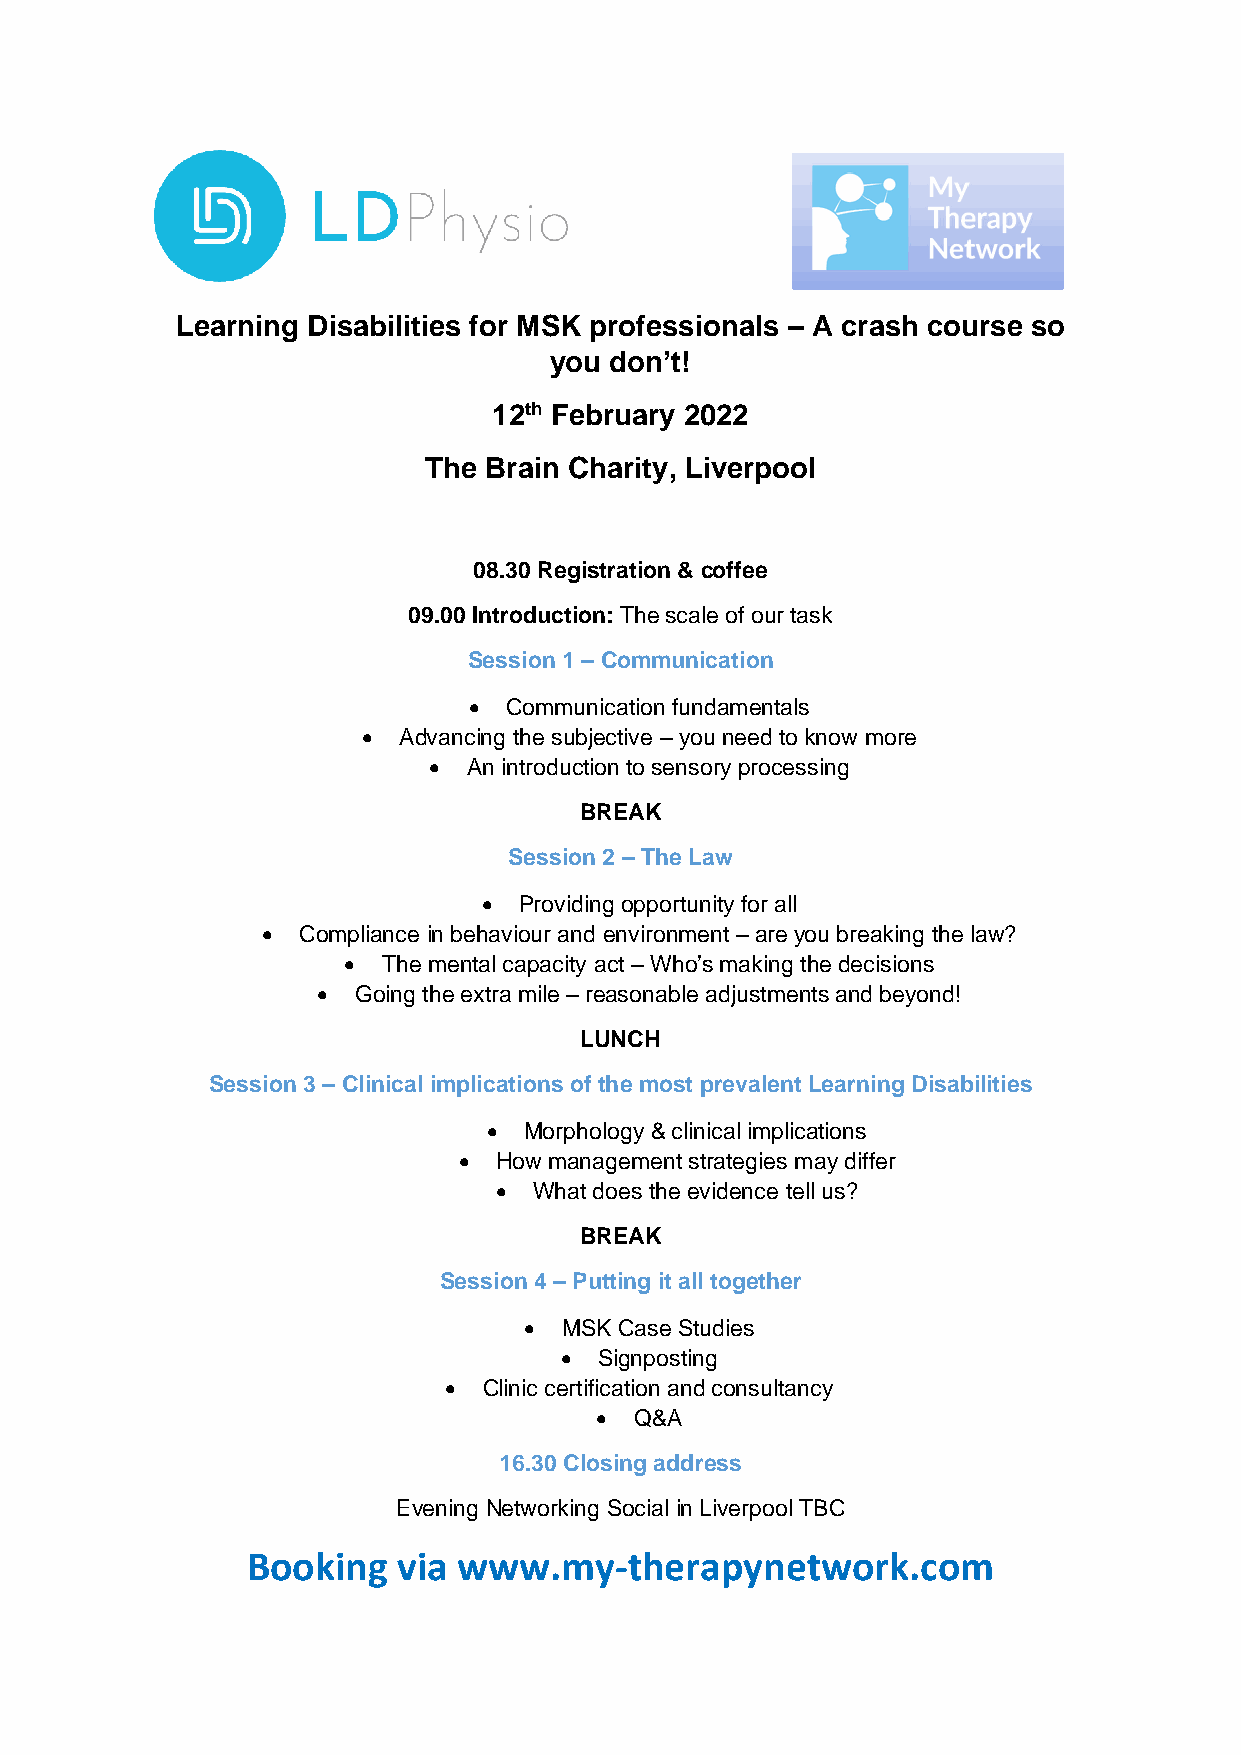
Learning Disabilities for MSK professionals – A crash course so
 you don’t!
 12th February 2022
 The Brain Charity, Liverpool
 08.30 Registration & coffee
 09.00 Introduction: The scale of our task
 Session 1 – Communication
 •  Communication fundamentals
 • Advancing the subjective – you need to know more
 •  An introduction to sensory processing
 BREAK
 Session 2 – The Law
 • Providing opportunity for all
 •  Compliance in behaviour and environment – are you breaking the law?
 • The mental capacity act – Who’s making the decisions
 • Going the extra mile – reasonable adjustments and beyond!
 LUNCH
 Session 3 – Clinical implications of the most prevalent Learning Disabilities
 •  Morphology & clinical implications
 •  How management strategies may differ
 • What does the evidence tell us?
 BREAK
 Session 4 – Putting it all together
 • MSK Case Studies
 •  Signposting
 •  Clinic certification and consultancy
 •  Q&A
 16.30 Closing address
 Evening Networking Social in Liverpool TBC
 Booking   via www.my-therapynetwork.com